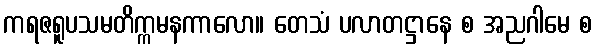
ကရဇရူပသမတိက္ကမနကာလော။ တေသံ ပလာတဋ္ဌာနေ စ အညဂါမေ စ